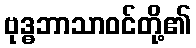
ဗုဒ္ဓဘာသာဝင်တို့၏